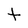
Character: t